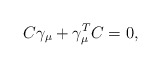
\begin{align*} C\gamma_\mu+\gamma_\mu^T C=0,\end{align*}